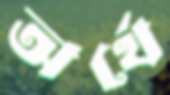
অর্থে